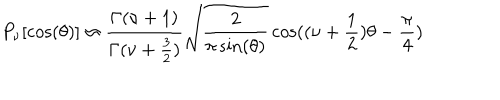
LaTeX: P _ { \nu } [ \cos ( \theta ) ] \approx { \frac { \Gamma ( \nu + 1 ) } { \Gamma ( \nu + { \frac { 3 } { 2 } } ) } } \sqrt { \frac { 2 } { \pi \sin ( \theta ) } } \cos ( ( \nu + { \frac { 1 } { 2 } } ) \theta - { \frac { \pi } { 4 } } )